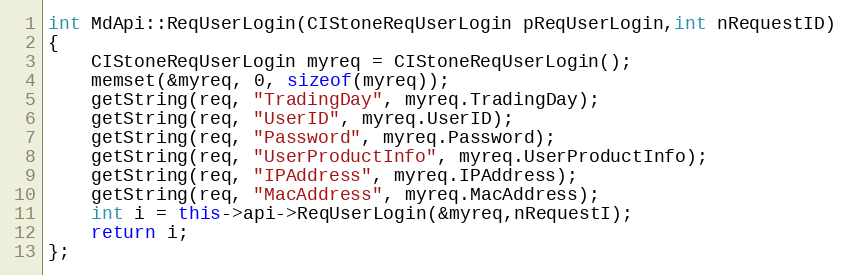
Language: C++
int MdApi::ReqUserLogin(CIStoneReqUserLogin pReqUserLogin,int nRequestID)
{
	CIStoneReqUserLogin myreq = CIStoneReqUserLogin();
	memset(&myreq, 0, sizeof(myreq));
	getString(req, "TradingDay", myreq.TradingDay);
	getString(req, "UserID", myreq.UserID);
	getString(req, "Password", myreq.Password);
	getString(req, "UserProductInfo", myreq.UserProductInfo);
	getString(req, "IPAddress", myreq.IPAddress);
	getString(req, "MacAddress", myreq.MacAddress);
	int i = this->api->ReqUserLogin(&myreq,nRequestI);
	return i;
};